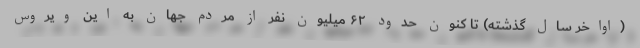
(اواخر سال گذشته) تا کنون حدود ۶۲ میلیون نفر از مردم جهان به این ویروس